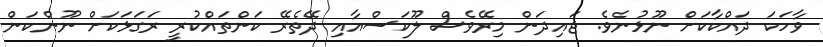
ވާހަކަ ދައްކާކަށް ނޫޅުނެވެ. ޖައިދަން މިރޭވެސް ލޫކަސްއާއި ދޭތެރޭ ކަންތައްކުރީ ރަގަޅަކަށް ނޫންކަން